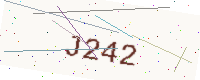
Text: J242